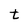
Character: t